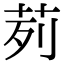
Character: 茢